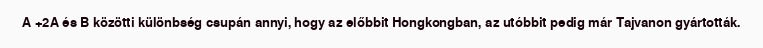
A +2A és B közötti különbség csupán annyi, hogy az előbbit Hongkongban, az utóbbit pedig már Tajvanon gyártották.